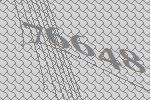
76648